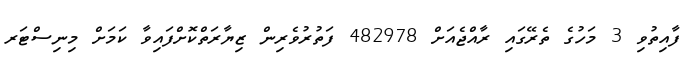
ފާއިތުވި 3 މަހުގެ ތެރޭގައި ރާއްޖެއަށް 482978 ފަތުރުވެރިން ޒިޔާރަތްކޮށްފައިވާ ކަމަށް މިނިސްޓަރ